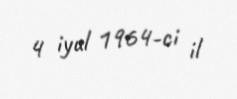
4 iyul 1964-ci il